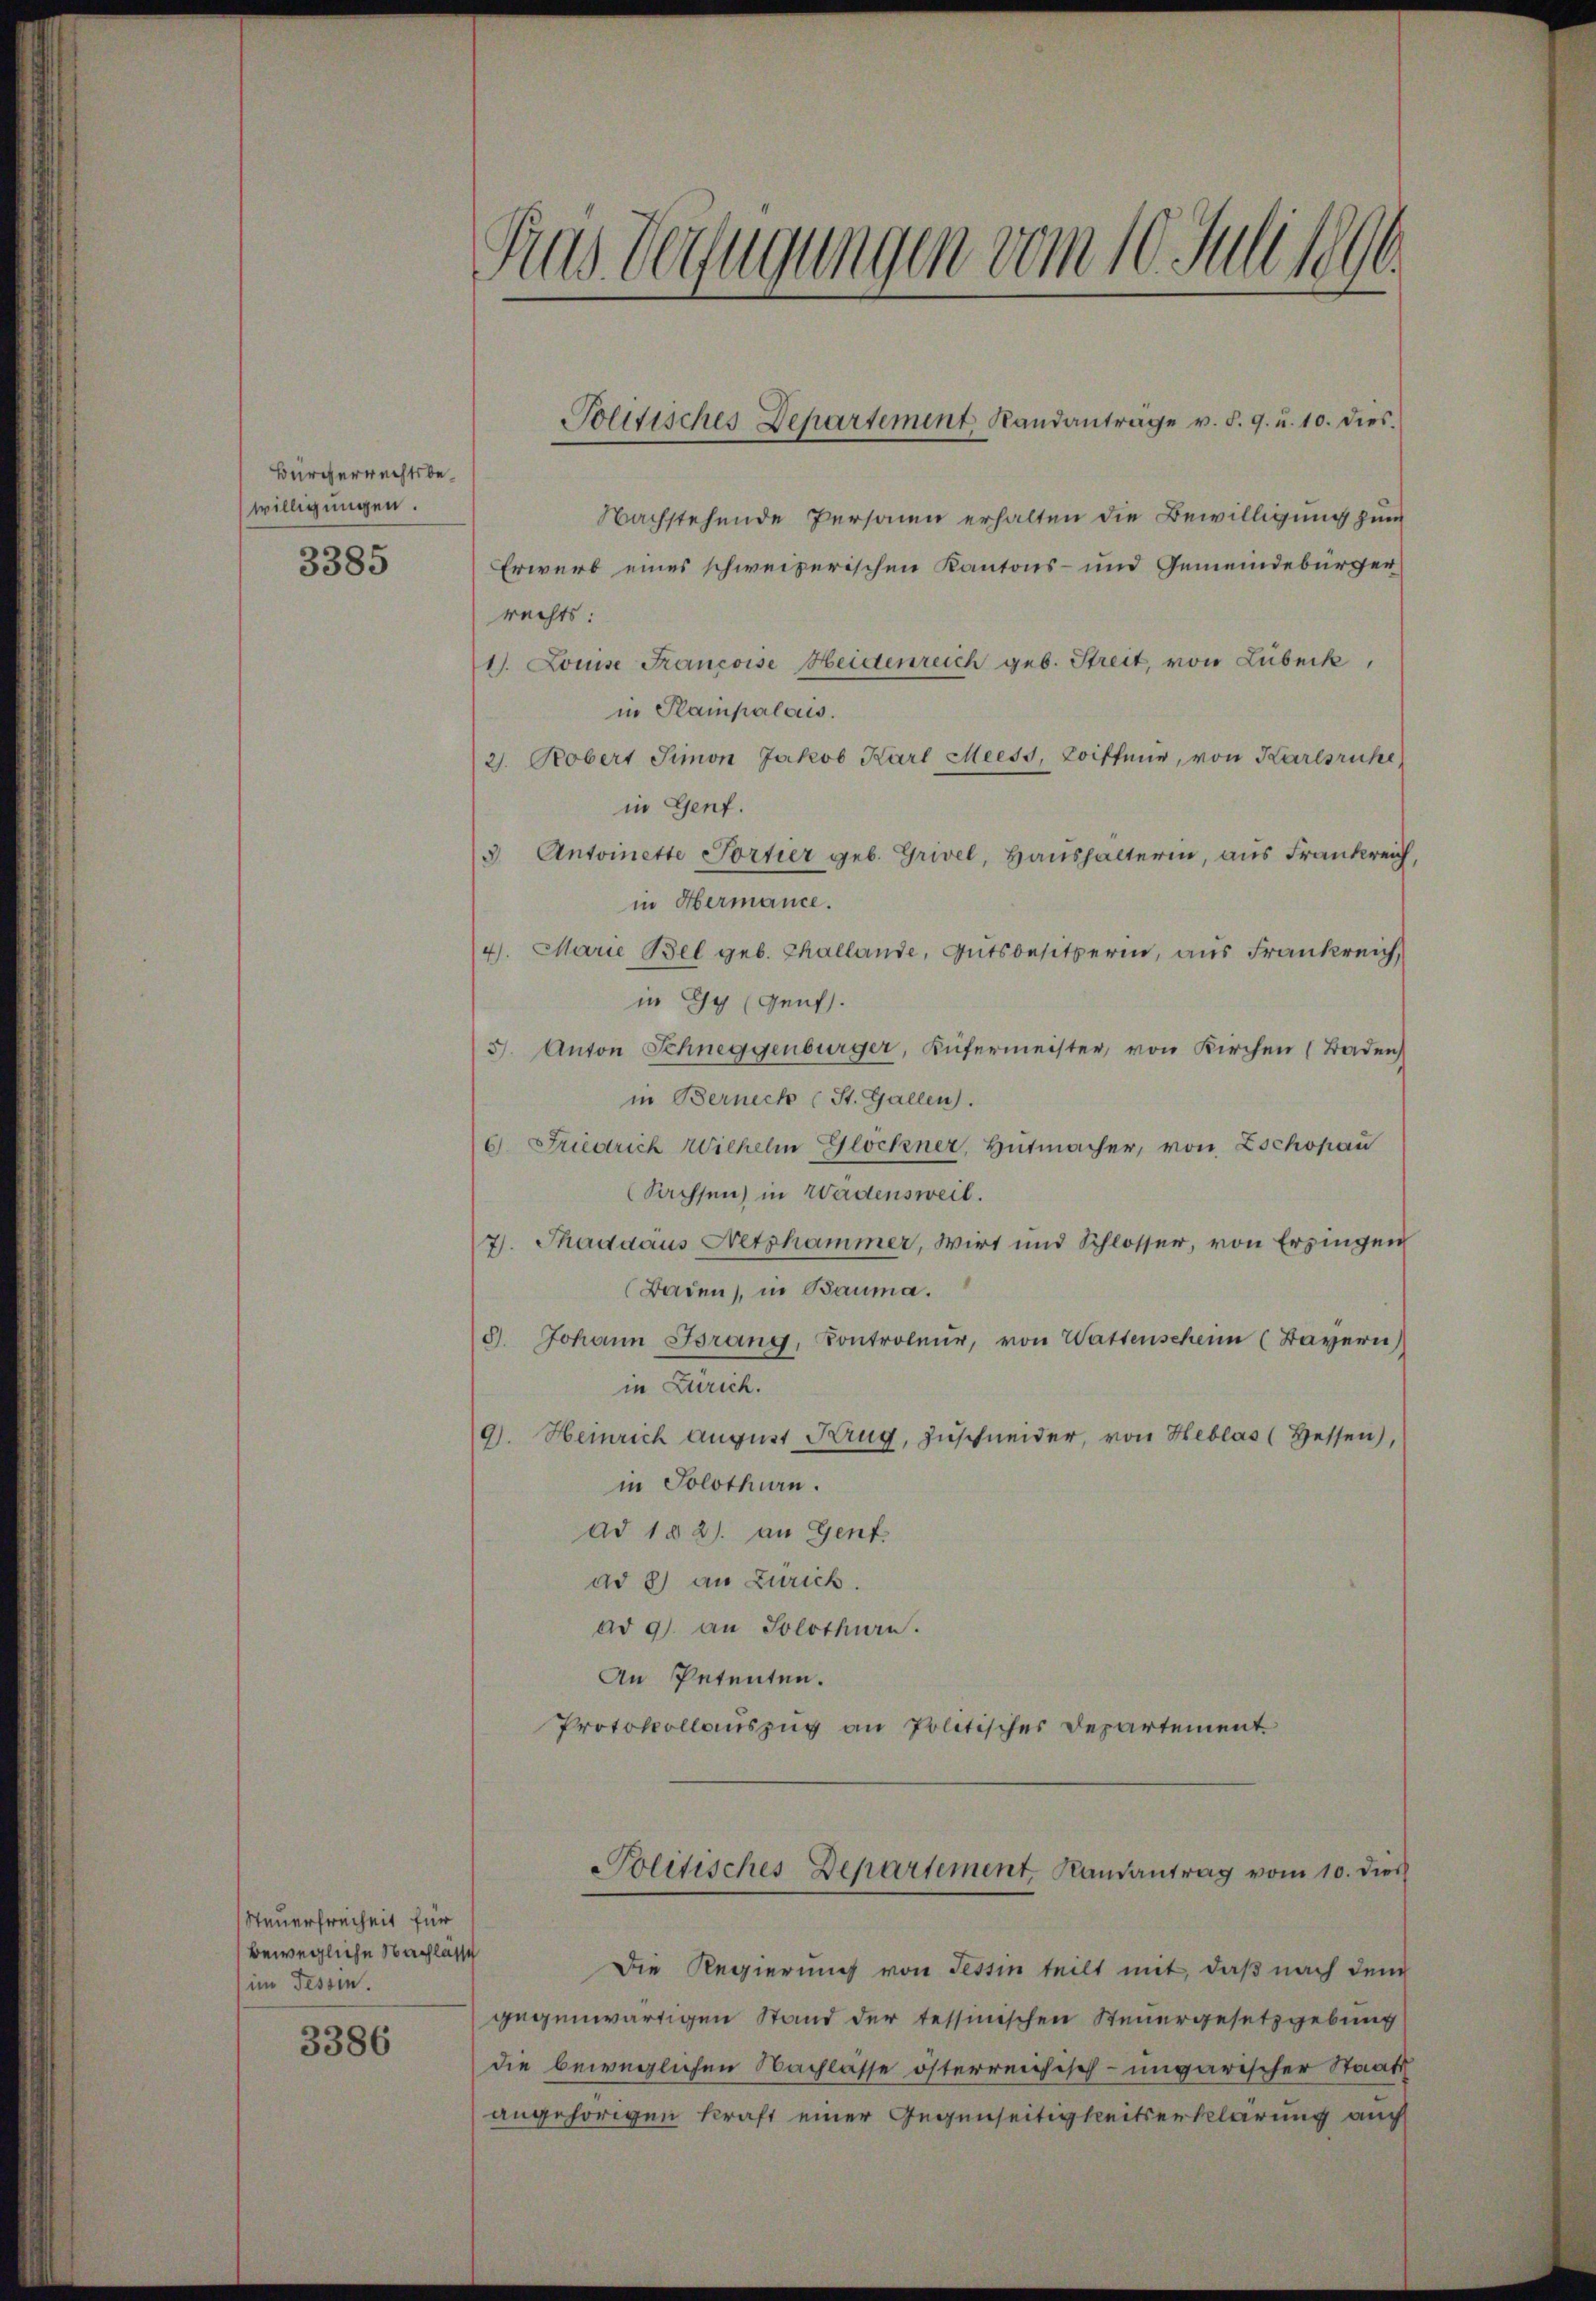
Bürgerrechtsbewilligungen.
3385

Steuerfreiheit für
bewegliche Nachlasse
im Tessin.
3386

Aus Verfügungen vom 10. Juli 1890.

Nachstehende Personen erhalten die Bewilligung zum
Erwerb eines schweizerischen Kantons- und Gemeindebürger
rechts:
1). Louise Francoise Heidenreich geb. Streit, von Lübeck,
in Plainpalous.
2. Robert Simon Jakob Karl Meess, Loiffeur, von Karlsruhe
in Genf.
3. Antoinette Portier geb. Grivel, Haushälterin, aus Frankrei
in Hermance.
4. Marie Bel geb. Thallande, Gutsbesitzerin, aus Frankreich,
in Gg (Genf.
J. Anton Schneggenburger, Küfermeister, von Kirchen (Baden
in Berneck (St. Gallen.
6. Friedrich Wilhelm Glockner, Hutmacher, von Zschopau
Sachsen in Wadensweil.
7. Thadaaus Netzhammer, Wirt und Schlosser, von Ersingen
Baden), in Bauma.
d. Johann Brang, Kontroleur, von Wattenscheim (Bayern)
in Zürich.
9). Heinrich August Krug, Zuschneider, von Heblas (Hessen),
in Solothurn.
ad 102) an Genf.
ad 8) an Zürich.
ad 9. an Solothurn.
An Petenten.
Protokollauszug an Politisches Departement

Jolitisches Departement Randantrage v. §. 9. u. 10. dies

Die Regierung von Tessin teilt mit, daß nach dem
gegenwärtigen Stand der tessinischen Steuergesetzgebung
die beweglichen Nachlasse österreichisch-ungarischer Staats
angehörigen kraft einer Gegenseitigkeitserklärung auch

olitisches Departement, Randantrag vom 10. dies